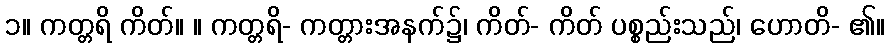
၁။ ကတ္တရိ ကိတ်။ ။ ကတ္တရိ- ကတ္တားအနက်၌၊ ကိတ်- ကိတ် ပစ္စည်းသည်၊ ဟောတိ- ၏။